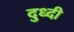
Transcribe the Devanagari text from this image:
दुध्दी